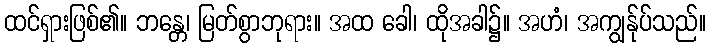
ထင်ရှားဖြစ်၏။ ဘန္တေ၊ မြတ်စွာဘုရား။ အထ ခေါ၊ ထိုအခါ၌။ အဟံ၊ အကျွန်ုပ်သည်။